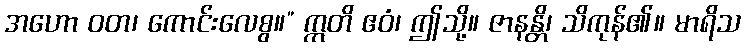
အဟော ဝတ၊ ကောင်းလေစွ။” ဣတိ ဧဝံ၊ ဤသို့။ ဇာနန္တိ၊ သိကုန်၏။ မာရိသ